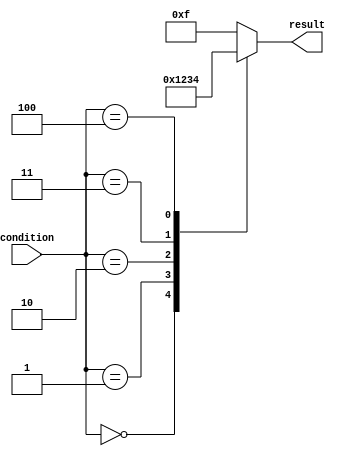
module unique_case_statement (
    input [2:0] condition,
    output reg [3:0] result
);

always @(*)
begin
    case(condition)
        3'b000 : result = 4'b0000; // Condition 0
        3'b001 : result = 4'b0001; // Condition 1
        3'b010 : result = 4'b0010; // Condition 2
        3'b011 : result = 4'b0011; // Condition 3
        3'b100 : result = 4'b0100; // Condition 4
        default: result = 4'b1111; // Default case
    endcase
end

endmodule